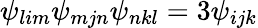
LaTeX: \psi_{lim}\psi_{mjn}\psi_{nkl}=3\psi_{ijk}